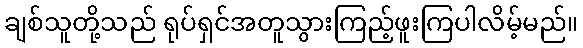
ချစ်သူတို့သည် ရုပ်ရှင်အတူသွားကြည့်ဖူးကြပါလိမ့်မည်။